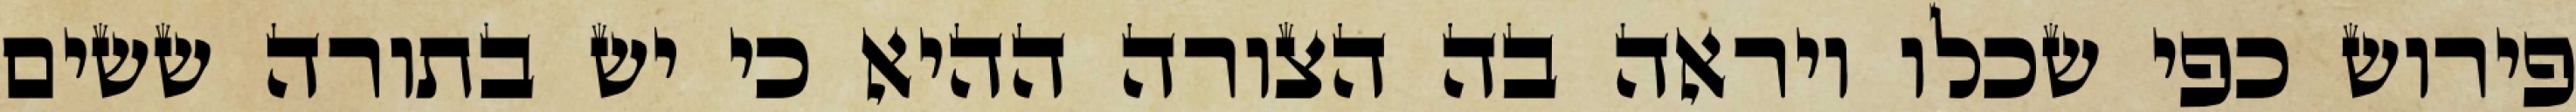
פירוש כפי שכלו ויראה בה הצורה ההיא כי יש בתורה ששים